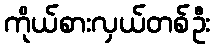
ကိုယ်စားလှယ်တစ်ဦး